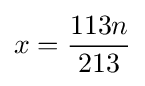
x={\frac {113n}{213}}